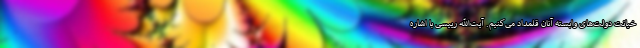
خیانت دولت‌های وابسته آنان قلمداد می‌کنیم. آیت‌الله رییسی با اشاره